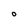
Character: O